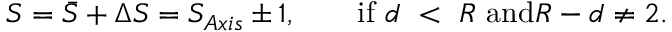
S = \bar { S } + \Delta S = S _ { A x i s } \pm 1 , \mathrm { ~ \ \ \ \ \ i f ~ } d \ < \ R \mathrm { ~ a n d } R - d \neq 2 .